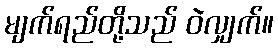
မျက်ရည်တို့သည် ဝဲလျှက်။